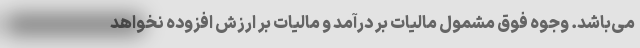
می‌باشد. وجوه فوق مشمول مالیات بر درآمد و مالیات بر ارزش افزوده نخواهد